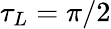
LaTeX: \tau_{L}=\pi/2